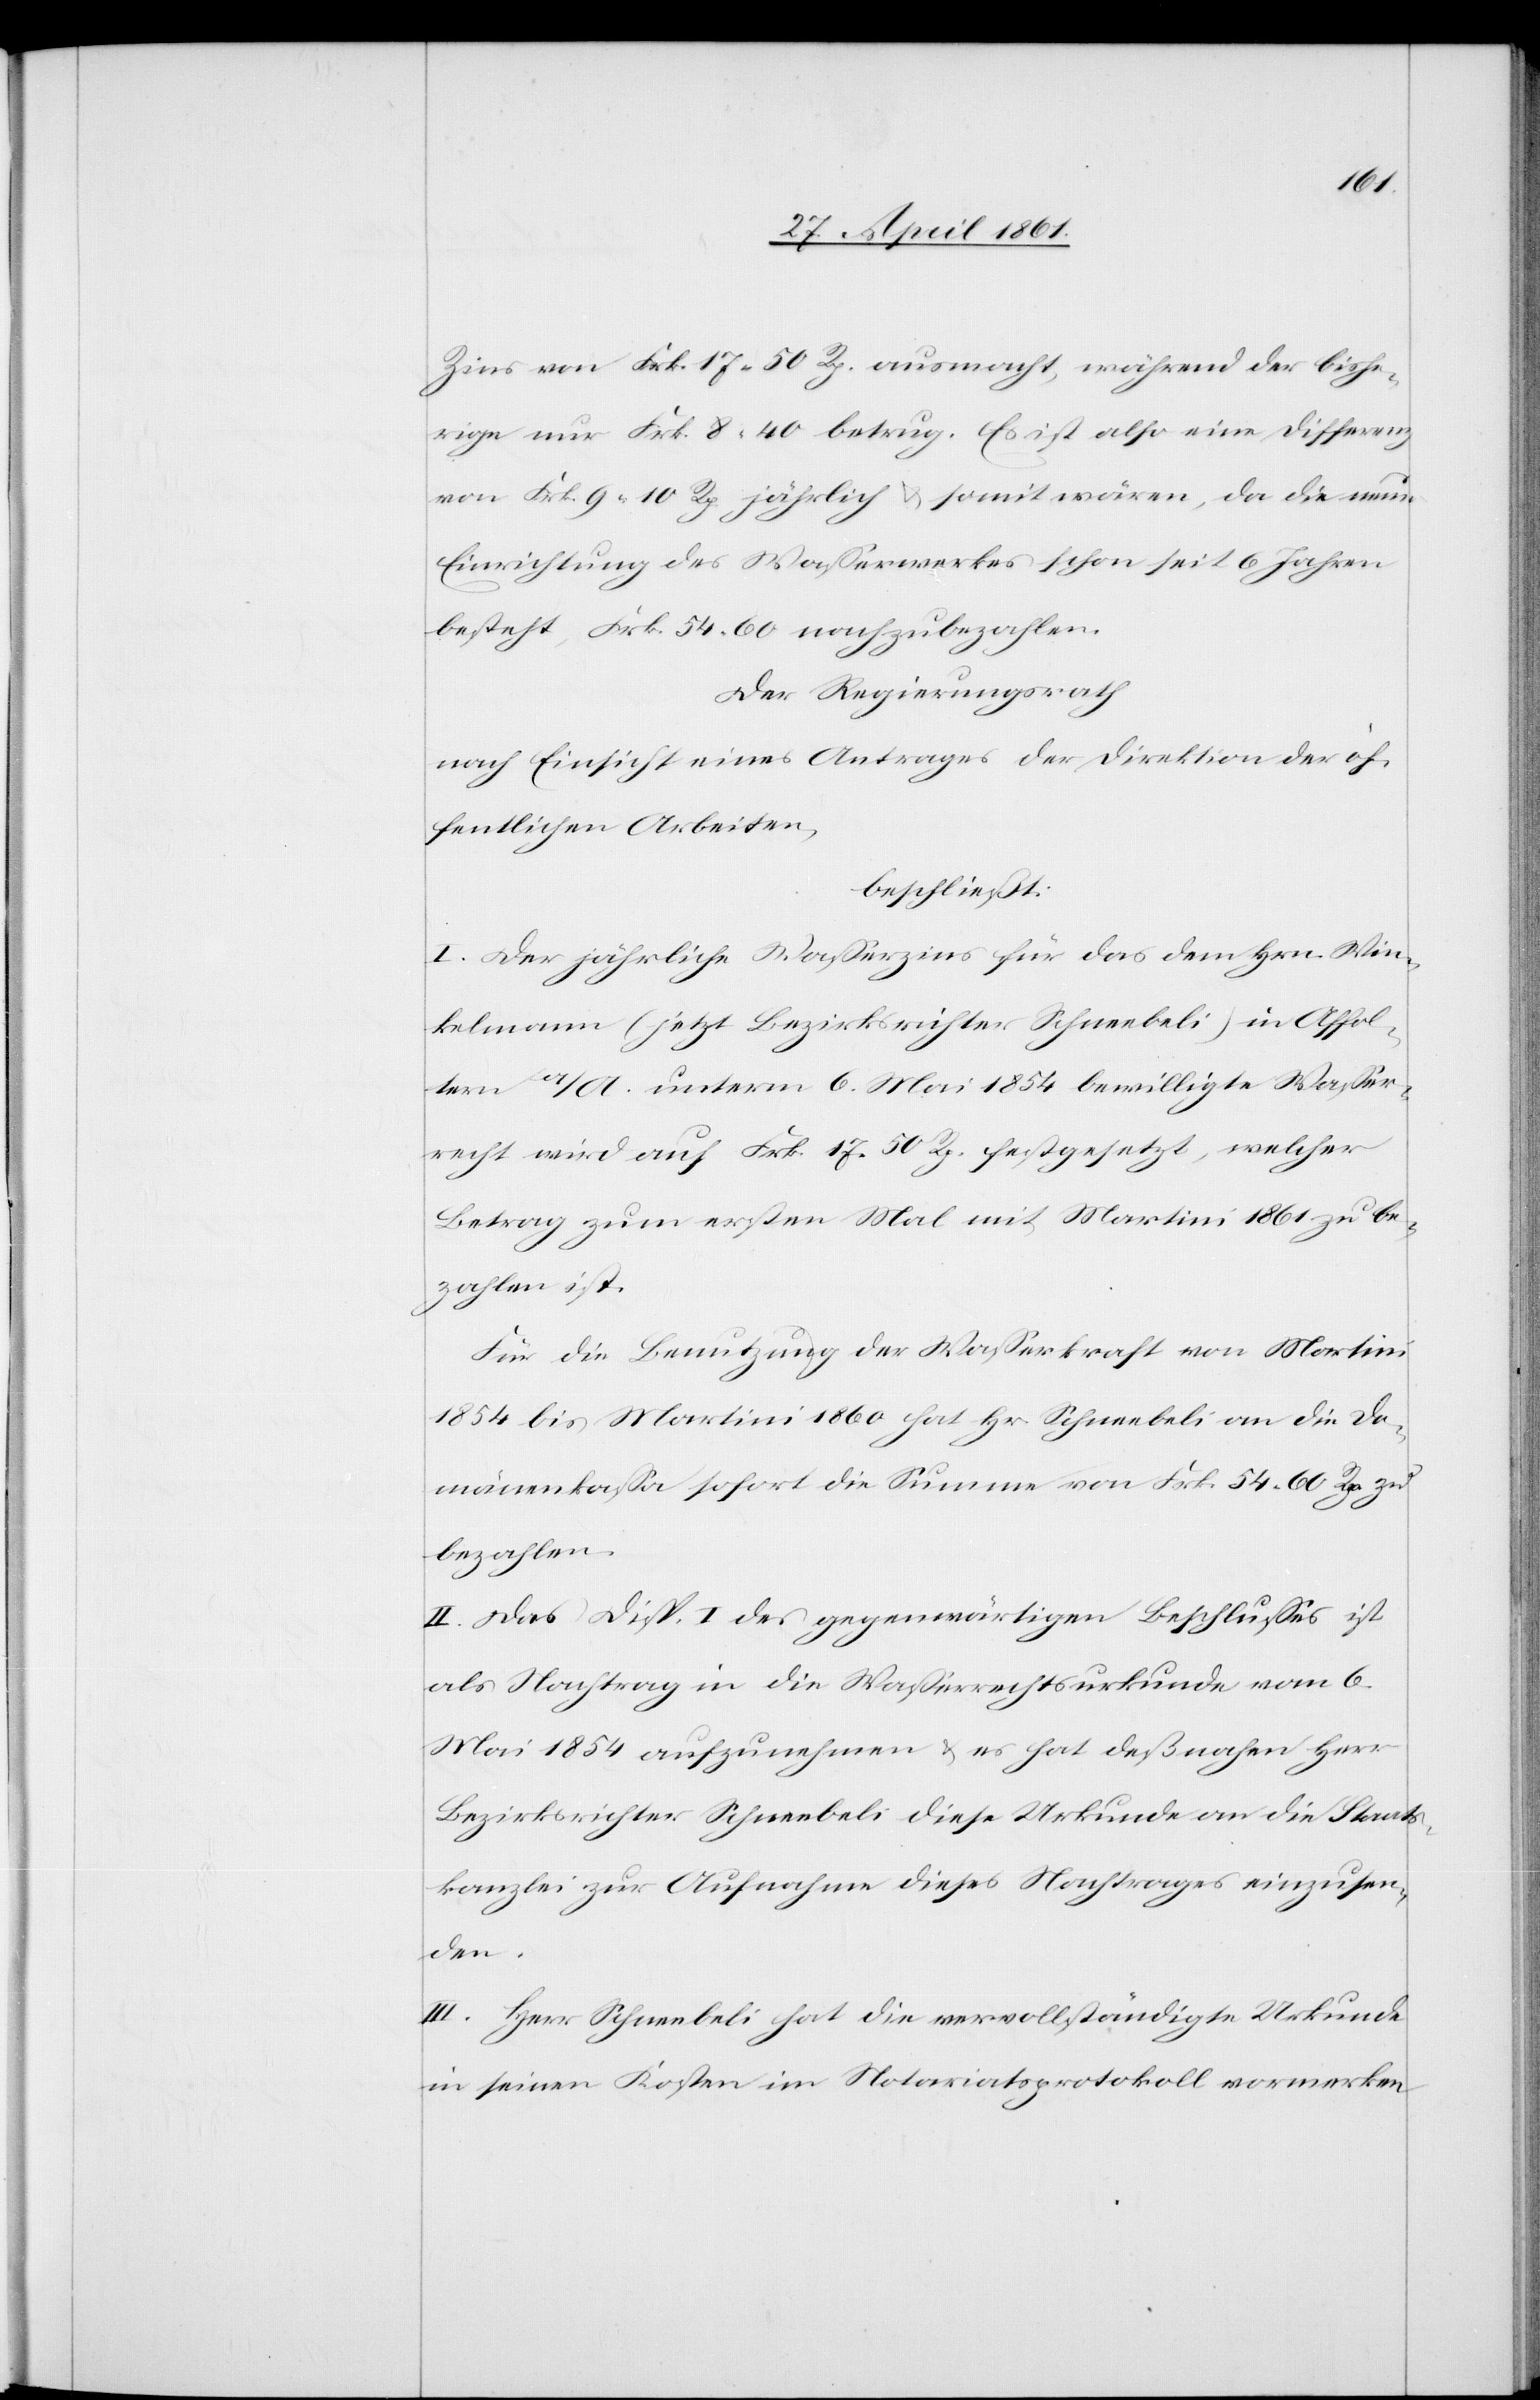
Zins von Frk. 17 50 Rp. ausmacht, während der bishe¬
rige nur Frk. 8. 40 betrug. Es ist also eine Differenz
von Frk. 9 10 Rp. jährlich u. somit wären, da die neue
Einrichtung des Wasserwerkes schon seit 6 Jahren
besteht, Frk. 54 60 nachzubezahlen.
Der Regierungsrath
nach Einsicht eines Antrages der Direktion der öf¬
fentlichen Arbeiten,
beschließt:
I. Der jährliche Wasserzins für das dem Hrn. Win¬
kelmann (jetzt Bezirksrichter Schneebeli) in Affol¬
tern a/A unterm 6. Mai 1854 bewilligte Wasser¬
recht wird auf Frk. 17 50 Rp. festgesetzt, welcher
Betrag zum ersten Mal mit Martini 1861 zu be¬
zahlen ist.
Für die Benutzung der Wasserkraft von Martini
1854 bis Martini 1860 hat Hr. Schneebeli an die Do¬
mänenkassa sofort die Summe von Frk. 54 60 Rp. zu
bezahlen.
II. Das Disp. I des gegenwärtigen Beschlusses ist
als Nachtrag in die Wasserrechtsurkunde vom 6.
Mai 1854 aufzunehmen u. es hat deßnahen Herr
Bezirksrichter Schneebeli diese Urkunde an die Staats¬
kanzlei zur Aufnahme dieses Nachtrages einzusen¬
den.
III. Herr Schneebeli hat die vervollständigte Urkunde
in seinen Kosten im Notariatsprotokoll vormerken